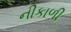
નીકાળી